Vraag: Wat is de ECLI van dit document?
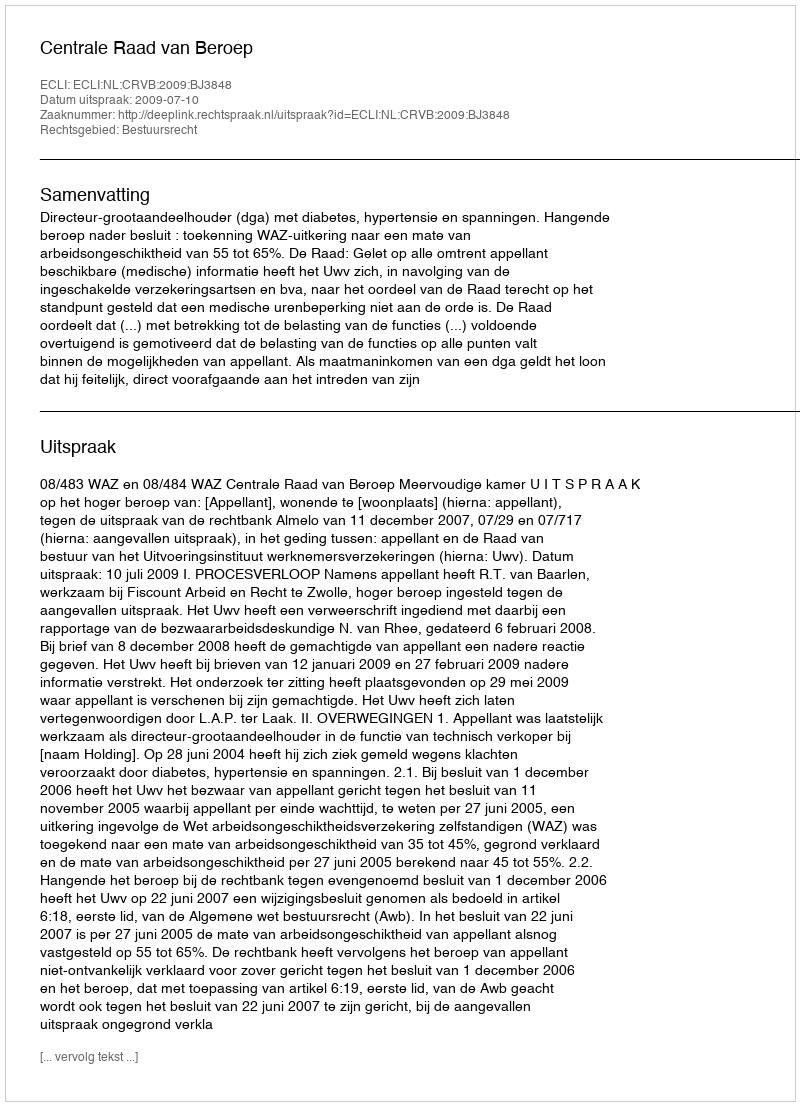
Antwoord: ECLI:NL:CRVB:2009:BJ3848